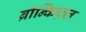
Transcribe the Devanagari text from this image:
ब्रॉन्किएल